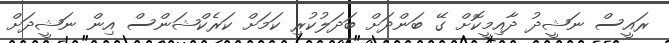
ރައީސް ނަޝީދު ދާއިމީކޮށް ގޭ ބަންދަށް ބަދަލުކުރި ކަމަށް ކަރެކްޝަންސް އިން ނަޝީދަށް